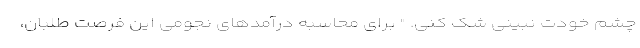
چشم خودت نبینی شک کنی. " برای محاسبه درآمد‌های نجومی این فرصت طلبان،